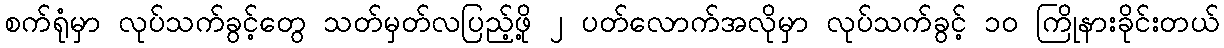
စက်ရုံမှာ လုပ်သက်ခွင့်တွေ သတ်မှတ်လပြည့်ဖို့ ၂ ပတ်လောက်အလိုမှာ လုပ်သက်ခွင့် ၁၀ ကြိုနားခိုင်းတယ်